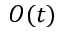
O ( t )